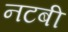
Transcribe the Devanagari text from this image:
नटबी